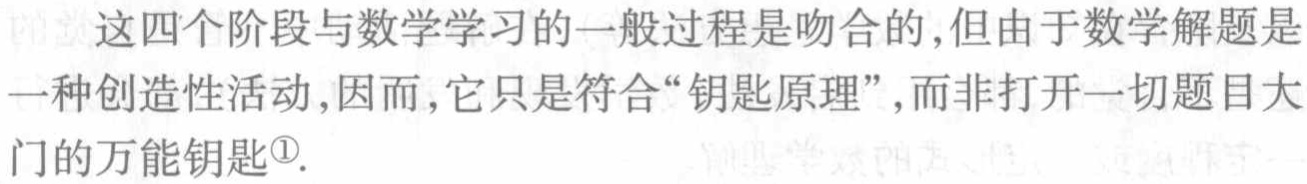
这四个阶段与数学学习的一般过程是吻合的,但由于数学解题是一种创造性活动,因而,它只是符合“钥匙原理”,而非打开一切题目大门的万能钥匙\textsuperscript{\textcircled{1}}.